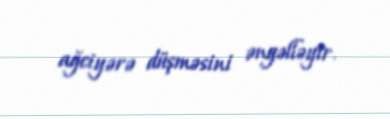
ağciyərə düşməsini əngəlləyir.